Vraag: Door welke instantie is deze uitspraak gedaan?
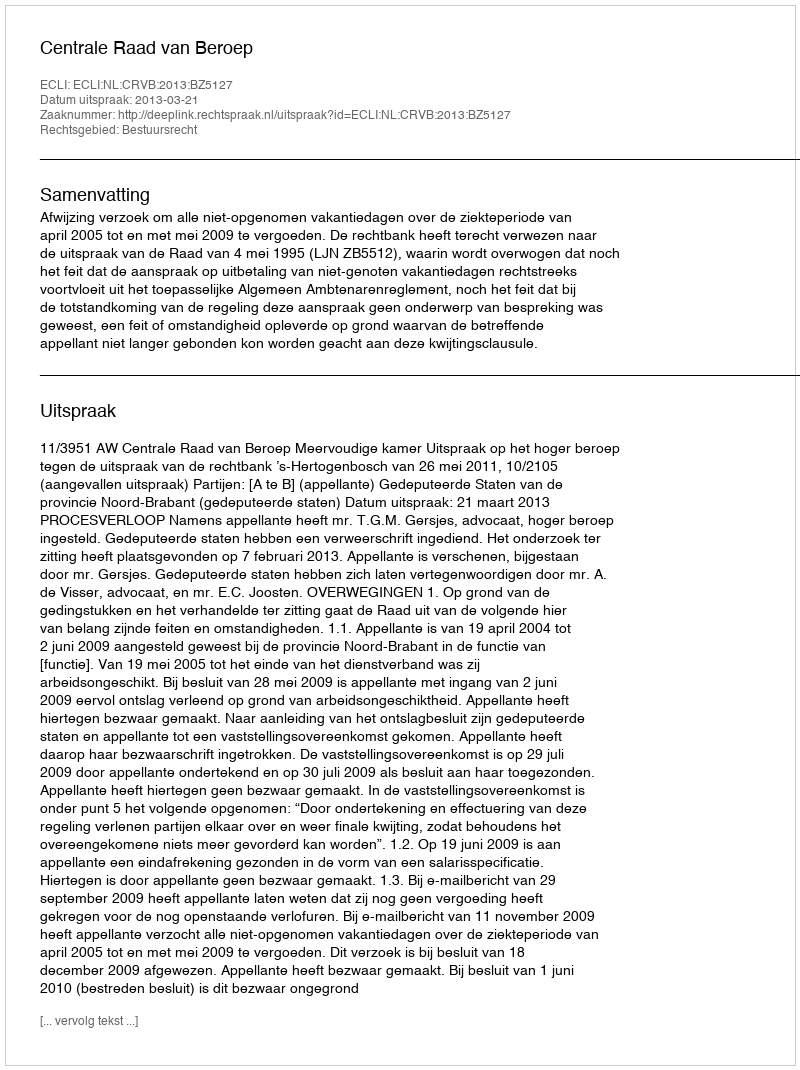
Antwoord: Centrale Raad van Beroep